Annual statistical returns and brief notes on vaccination in Bengal - 1896-1909
Year: 1896
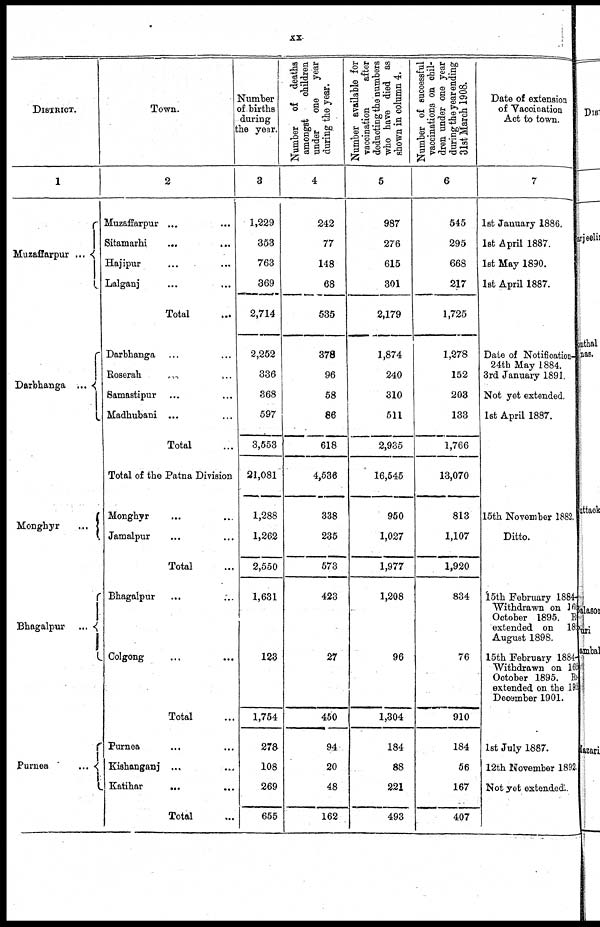
xx
DISTRICT.
1
Muzaffarpur...
Darbhanga... ...
Monghyr
...
Bhagalpur...
...
Purnea
...
...
Town.
2
Muzaffarpur... ...
Sitamarhi...
...
Hajipur... ...
Lalganj... ...
Total...
Darbhanga... ...
Roserah... ...
Samastipur... ...
Madhubani... ...
Total...
Total of the Patna Division
Monghyr... ...
Jamalpur... ...
Total...
Bhagalpur... ...
Colgong... ...
Total...
Purnea... ...
Kishanganj... ...
Katihar... ...
Total...
Number
of births
during
the year.
3
1,229
353
763
369
2,714
2,252
336
368
597
3,553
21,081
1,288
1,262
2,550
1,631
123
1,754
278
108
269
655
Number of deaths
amongst
children
under
one
year
during the year.
4
242
77
148
68
535
378
96
58
86
618
4,536
338
235
573
423
27
450
94
20
48
162
Number available for
vaccination
after
deducting the numbers
who have died as
shown in column 4.
5
987
276
615
301
2,179
1,874
240
310
511
2,935
16,545
950
1,027
1,977
1,208
96
1,304
184
88
221
493
Number of successful
vaccinations on chil-
dren under one year
during the year ending
31st March 1908.
6
545
295
668
217
1,725
1,278
152
203
133
1,766
13,070
813
1,107
1,920
834
76
910
184
56
167
407
Date of extension
of Vaccination
Act to town.
7
1st January 1886.
1st April 1887.
1st May 1890.
1st April 1887.
Date of Notification-
24th May 1884.
3rd January 1891.
Not yet extended.
1st April 1887.
15th November 1882.
Ditto.
15th February 1884-
Withdrawn on 16t h
October 1895. R
extended on 18
August 1898.
15th February 1884-
Withdrawn on 16
October 1895. R
extended on the 19
December 1901.
1st July 1887.
12th November 1892.
Not yet extended